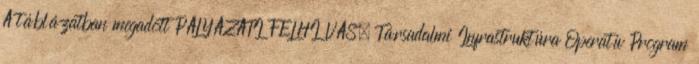
A táblázatban megadott PÁLYÁZATI FELHÍVÁS. Társadalmi Infrastruktúra Operatív Program